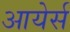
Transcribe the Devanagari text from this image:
आयेर्स